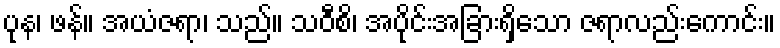
ပုန၊ ဖန်။ အယံဇရာ၊ သည်။ သဝီစိ၊ အပိုင်းအခြားရှိသော ဇရာလည်းကောင်း။